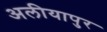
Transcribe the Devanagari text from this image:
अलीयापुर